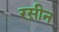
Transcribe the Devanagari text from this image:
रस़ीन